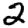
Digit: 2